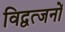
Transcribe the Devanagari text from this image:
विद्वत्जनों